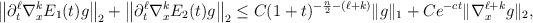
LaTeX: \begin{align*} \left\| \partial_{t}^{\ell} \nabla_{x}^{k}E_{1}(t)g\right\|_{2}+\left\| \partial_{t}^{\ell} \nabla_{x}^{k}E_{2}(t)g\right\|_{2}& \le C(1+t)^{-\frac{n}{2}-(\ell+ k)}\| g \|_{1} + C e^{-ct} \| \nabla_{x}^{\ell+k} g\|_{2}, \end{align*}